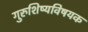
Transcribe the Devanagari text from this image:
गुरुशिष्यविषयक